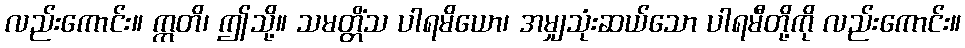
လည်းကောင်း။ ဣတိ၊ ဤသို့။ သမတ္တိံသ ပါရမိယော၊ အမျှသုံးဆယ်သော ပါရမီတို့ကို လည်းကောင်း။